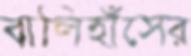
বালিহাঁসের